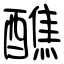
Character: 醮